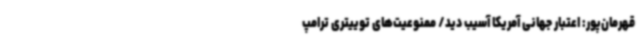
قهرمان‌پور: اعتبار جهانی آمریکا آسیب دید/ ممنوعیت‌های توییتری ترامپ